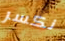
نكسر